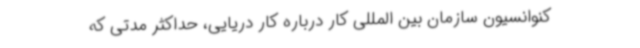
کنوانسیون سازمان بین المللی کار درباره کار دریایی، حداکثر مدتی که